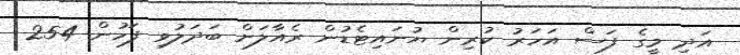
އަދި މީގެ ފަސް އަހަރު ކުރިން ޔުނައިޓެޑުން ރެއާލަށް ބަދަލުވި ފަހުން 254